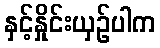
နှင့်နှိုင်းယှဉ်ပါက